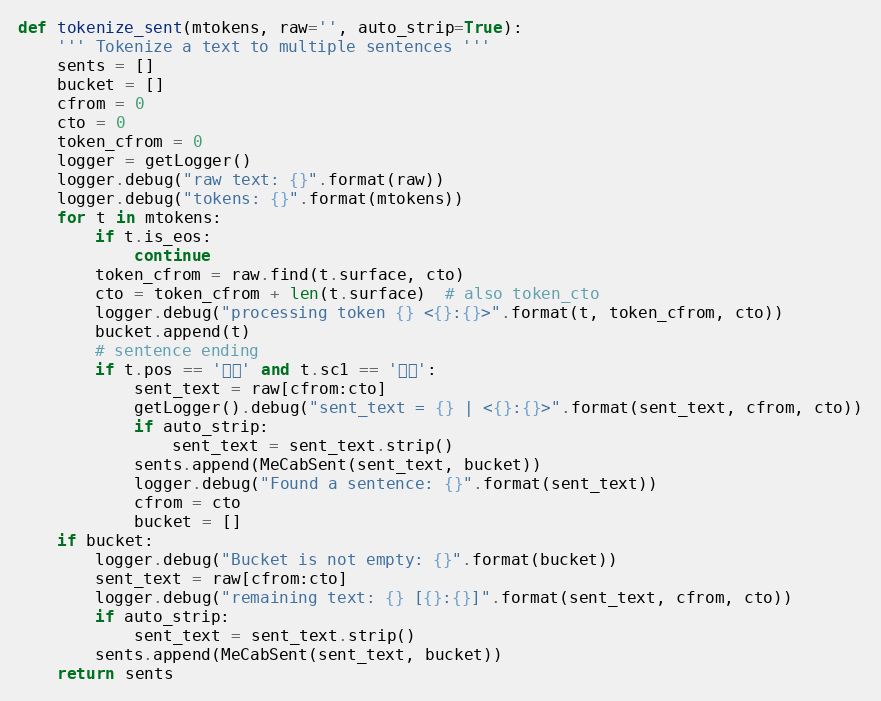
Language: Python
def tokenize_sent(mtokens, raw='', auto_strip=True):
    ''' Tokenize a text to multiple sentences '''
    sents = []
    bucket = []
    cfrom = 0
    cto = 0
    token_cfrom = 0
    logger = getLogger()
    logger.debug("raw text: {}".format(raw))
    logger.debug("tokens: {}".format(mtokens))
    for t in mtokens:
        if t.is_eos:
            continue
        token_cfrom = raw.find(t.surface, cto)
        cto = token_cfrom + len(t.surface)  # also token_cto
        logger.debug("processing token {} <{}:{}>".format(t, token_cfrom, cto))
        bucket.append(t)
        # sentence ending
        if t.pos == '記号' and t.sc1 == '句点':
            sent_text = raw[cfrom:cto]
            getLogger().debug("sent_text = {} | <{}:{}>".format(sent_text, cfrom, cto))
            if auto_strip:
                sent_text = sent_text.strip()
            sents.append(MeCabSent(sent_text, bucket))
            logger.debug("Found a sentence: {}".format(sent_text))
            cfrom = cto
            bucket = []
    if bucket:
        logger.debug("Bucket is not empty: {}".format(bucket))
        sent_text = raw[cfrom:cto]
        logger.debug("remaining text: {} [{}:{}]".format(sent_text, cfrom, cto))
        if auto_strip:
            sent_text = sent_text.strip()
        sents.append(MeCabSent(sent_text, bucket))
    return sents